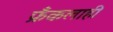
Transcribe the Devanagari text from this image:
फ्रँकलाही